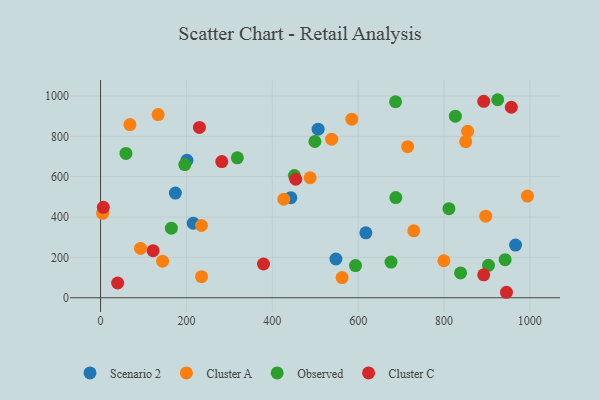
{"axis": {"x": "Engine Size", "y": "Sales"}, "legend": ["Cluster A", "Cluster C", "Observed", "Scenario 2"], "data": [{"x": "174.3", "y": 518.9, "type": "Scenario 2"}, {"x": "215.9", "y": 369.8, "type": "Scenario 2"}, {"x": "443.1", "y": 495.9, "type": "Scenario 2"}, {"x": "201.2", "y": 681.1, "type": "Scenario 2"}, {"x": "548.2", "y": 192.1, "type": "Scenario 2"}, {"x": "966.7", "y": 260.9, "type": "Scenario 2"}, {"x": "618.0", "y": 321.8, "type": "Scenario 2"}, {"x": "506.8", "y": 835.7, "type": "Scenario 2"}, {"x": "134.1", "y": 908.1, "type": "Cluster A"}, {"x": "235.0", "y": 358.2, "type": "Cluster A"}, {"x": "855.0", "y": 825.2, "type": "Cluster A"}, {"x": "426.8", "y": 488.2, "type": "Cluster A"}, {"x": "4.8", "y": 418.4, "type": "Cluster A"}, {"x": "562.6", "y": 99.9, "type": "Cluster A"}, {"x": "488.1", "y": 594.8, "type": "Cluster A"}, {"x": "144.5", "y": 181.0, "type": "Cluster A"}, {"x": "729.5", "y": 332.0, "type": "Cluster A"}, {"x": "585.2", "y": 885.1, "type": "Cluster A"}, {"x": "68.4", "y": 858.2, "type": "Cluster A"}, {"x": "93.0", "y": 244.6, "type": "Cluster A"}, {"x": "715.3", "y": 748.7, "type": "Cluster A"}, {"x": "235.2", "y": 104.6, "type": "Cluster A"}, {"x": "799.6", "y": 183.4, "type": "Cluster A"}, {"x": "850.5", "y": 773.8, "type": "Cluster A"}, {"x": "538.3", "y": 786.1, "type": "Cluster A"}, {"x": "897.1", "y": 404.6, "type": "Cluster A"}, {"x": "994.2", "y": 503.9, "type": "Cluster A"}, {"x": "687.8", "y": 496.3, "type": "Observed"}, {"x": "164.9", "y": 345.1, "type": "Observed"}, {"x": "59.2", "y": 715.3, "type": "Observed"}, {"x": "318.6", "y": 693.6, "type": "Observed"}, {"x": "811.5", "y": 441.4, "type": "Observed"}, {"x": "838.5", "y": 123.1, "type": "Observed"}, {"x": "925.1", "y": 981.5, "type": "Observed"}, {"x": "196.2", "y": 660.1, "type": "Observed"}, {"x": "451.5", "y": 605.4, "type": "Observed"}, {"x": "676.5", "y": 176.9, "type": "Observed"}, {"x": "687.2", "y": 971.4, "type": "Observed"}, {"x": "942.4", "y": 188.7, "type": "Observed"}, {"x": "499.3", "y": 774.4, "type": "Observed"}, {"x": "826.4", "y": 900.2, "type": "Observed"}, {"x": "593.9", "y": 159.7, "type": "Observed"}, {"x": "903.6", "y": 161.0, "type": "Observed"}, {"x": "892.6", "y": 973.6, "type": "Cluster C"}, {"x": "956.8", "y": 944.3, "type": "Cluster C"}, {"x": "122.4", "y": 233.5, "type": "Cluster C"}, {"x": "282.3", "y": 674.8, "type": "Cluster C"}, {"x": "6.4", "y": 448.0, "type": "Cluster C"}, {"x": "454.6", "y": 587.3, "type": "Cluster C"}, {"x": "39.8", "y": 73.2, "type": "Cluster C"}, {"x": "892.5", "y": 113.6, "type": "Cluster C"}, {"x": "945.5", "y": 27.2, "type": "Cluster C"}, {"x": "230.3", "y": 844.1, "type": "Cluster C"}, {"x": "379.5", "y": 167.3, "type": "Cluster C"}]}